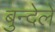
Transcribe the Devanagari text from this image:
बुन्देले